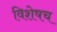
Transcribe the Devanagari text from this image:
विशेषच